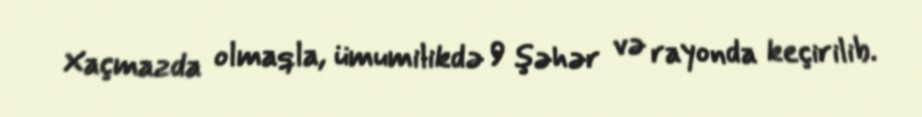
Xaçmazda olmaqla, ümumilikdə 9 şəhər və rayonda keçirilib.